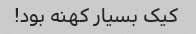
کیک بسیار کهنه بود!